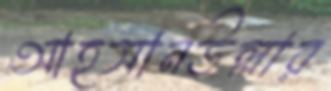
আহসানউল্লার